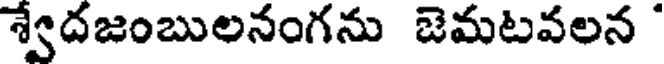
శ్వేదజంబులనంగను జెమటవలన